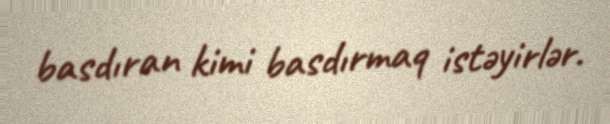
basdıran kimi basdırmaq istəyirlər.